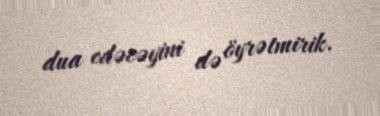
dua edəcəyini də öyrətmirik.